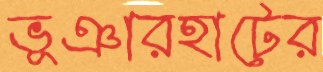
ভূঞারহাটের